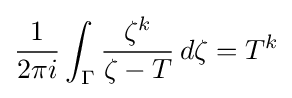
{\frac {1}{2\pi i}}\int _{\Gamma }{\frac {\zeta ^{k}}{\zeta -T}}\,d\zeta =T^{k}